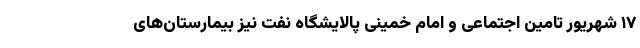
۱۷ شهریور تامین اجتماعی و امام خمینی پالایشگاه نفت نیز بیمارستان‌های